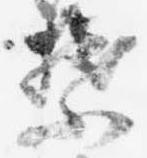
禁